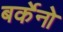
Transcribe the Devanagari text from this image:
बर्केनो